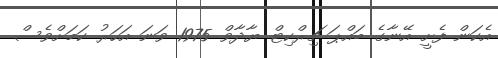
އެކަން ފެށީ އޭނާގެ ބައްޕަ ޗިރްކިޓް ޔާދާވް 1975 ވަނަ އަހަރު ކަމަށްވެސް